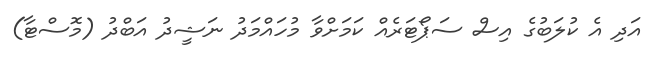
އަދި އެ ކުލަބުގެ އިސް ސަޕޯޓަރެއް ކަމަށްވާ މުހައްމަދު ނަޝީދު އަބްދު (މޮސްޓާ)